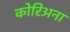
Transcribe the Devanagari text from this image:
कोरिअना